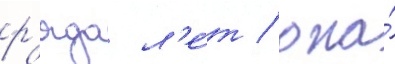
р'яда л'е́т / она́